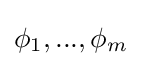
\phi _{1},...,\phi _{m}